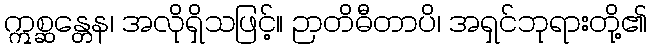
ဣစ္ဆန္တေန၊ အလိုရှိသဖြင့်။ ဉာတိဓီတာပိ၊ အရှင်ဘုရားတို့၏